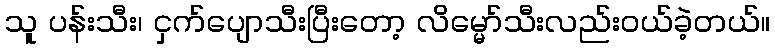
သူ ပန်းသီး၊ ငှက်ပျောသီးပြီးတော့ လိမ္မော်သီးလည်းဝယ်ခဲ့တယ်။